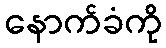
နောက်ခံကို